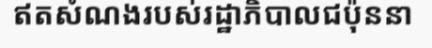
ឥតសំណងរបស់រដ្ឋាភិបាលជប៉ុននា